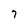
Character: 7